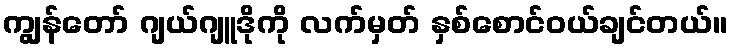
ကျွန်တော် ဂျယ်ဂျူဒိုကို လက်မှတ် နှစ်စောင်ဝယ်ချင်တယ်။